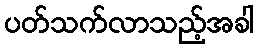
ပတ်သက်လာသည့်အခါ